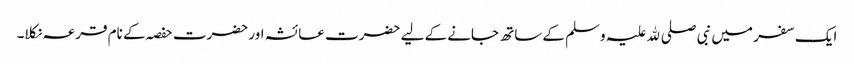
ایک سفر میں نبی صلی ﷲ علیہ وسلم کے ساتھ جانے کے لیے حضرت عائشہ اور حضرت حفصہ کے نام قرعہ نکلا۔